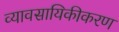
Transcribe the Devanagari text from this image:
व्यावसायिकीकरण